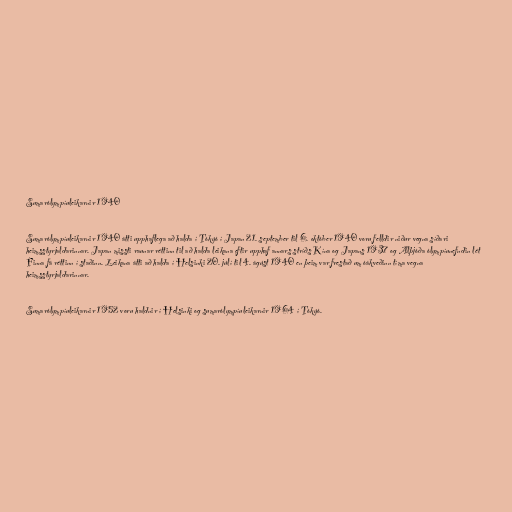
Sumarólympíuleikarnir 1940

Sumarólympíuleikarnir 1940 átti upphaflega að halda í Tókýó í Japan 21. september til 6. október 1940 voru felldir niður vegna síðari
heimsstyrjaldarinnar. Japan missti raunar réttinn til að halda leikana eftir upphaf annars stríðs Kína og Japans 1937 og Alþjóða ólympíunefndin lét
Finna fá réttinn í staðinn. Leikana átti að halda í Helsinki 20. júlí til 4. ágúst 1940 en þeim var frestað um óákveðinn tíma vegna
heimsstyrjaldarinnar.

Sumarólympíuleikarnir 1952 voru haldnir í Helsinki og sumarólympíuleikarnir 1964 í Tókýó.